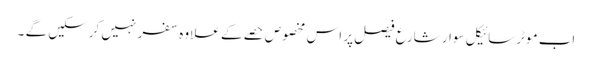
اب موٹرسائیکل سوار شارع فیصل پر اس مخصوص حصے کے علاوہ سفر نہیں کرسکیں گے ۔